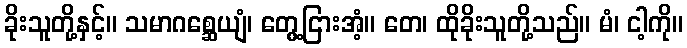
ခိုးသူတို့နှင့်။ သမာဂစ္ဆေယျံ၊ တွေ့ငြားအံ့။ တေ၊ ထိုခိုးသူတို့သည်။ မံ၊ ငါ့ကို။